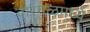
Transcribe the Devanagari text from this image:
वारंगळमध्ये